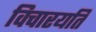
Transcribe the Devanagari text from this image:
विचारयति